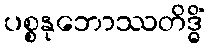
ပစ္စနုဘောဿတိဒ္ဓိံ